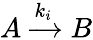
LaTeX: A\xrightarrow{k_{i}}B